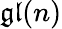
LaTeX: {\mathfrak{gl}}(n)